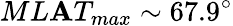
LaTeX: ML\mathbf{A}T_{max}\sim67.9^{\circ}